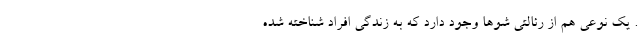
. یک نوعی هم از رئالتی شوها وجود دارد که به زندگی افراد شناخته شده